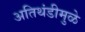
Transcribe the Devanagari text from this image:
अतिथंडीमुळे